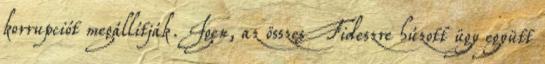
korrupciót megállítják. Igen, az összes Fideszre húzott ügy együtt